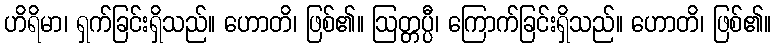
ဟိရိမာ၊ ရှက်ခြင်းရှိသည်။ ဟောတိ၊ ဖြစ်၏။ ဩတ္တပ္ပီ၊ ကြောက်ခြင်းရှိသည်။ ဟောတိ၊ ဖြစ်၏။